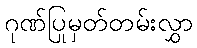
ဂုဏ်ပြုမှတ်တမ်းလွှာ